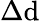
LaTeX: \Delta\mathrm{d}